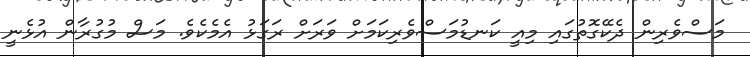
މަސްވެރިން ދެކޭގޮތުގައި މިއީ ކަނޑުމަސްވެރިކަމަށް ވަރަށް ރަގަޅު އެމެކެވެ. މަސް މުގުރާން އުޅެނީ